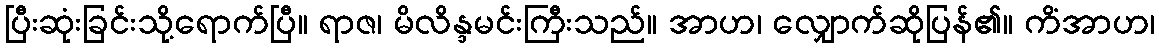
ပြီးဆုံးခြင်းသို့ရောက်ပြီ။ ရာဇ၊ မိလိန္ဒမင်းကြီးသည်။ အာဟ၊ လျှောက်ဆိုပြန်၏။ ကိံအာဟ၊